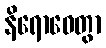
နိရောဓေတွာ